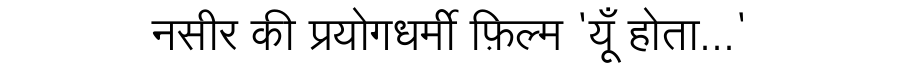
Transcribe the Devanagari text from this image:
नसीर की प्रयोगधर्मी फ़िल्म 'यूँ होता...'